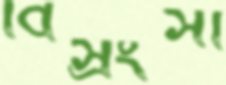
বিস্রংসী